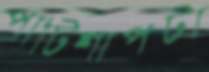
পাটিশাপটা